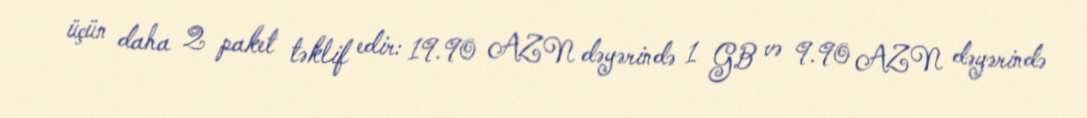
üçün daha 2 paket təklif edir: 19.90 AZN dəyərində 1 GB və 9.90 AZN dəyərində